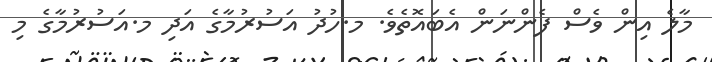
މާލެ އިން ވެސް ފެންނަން އެބައޮތެވެ. މ.ހުދު އަސުރުމާގެ އަދި މ.އަސުރުމާގެ މި